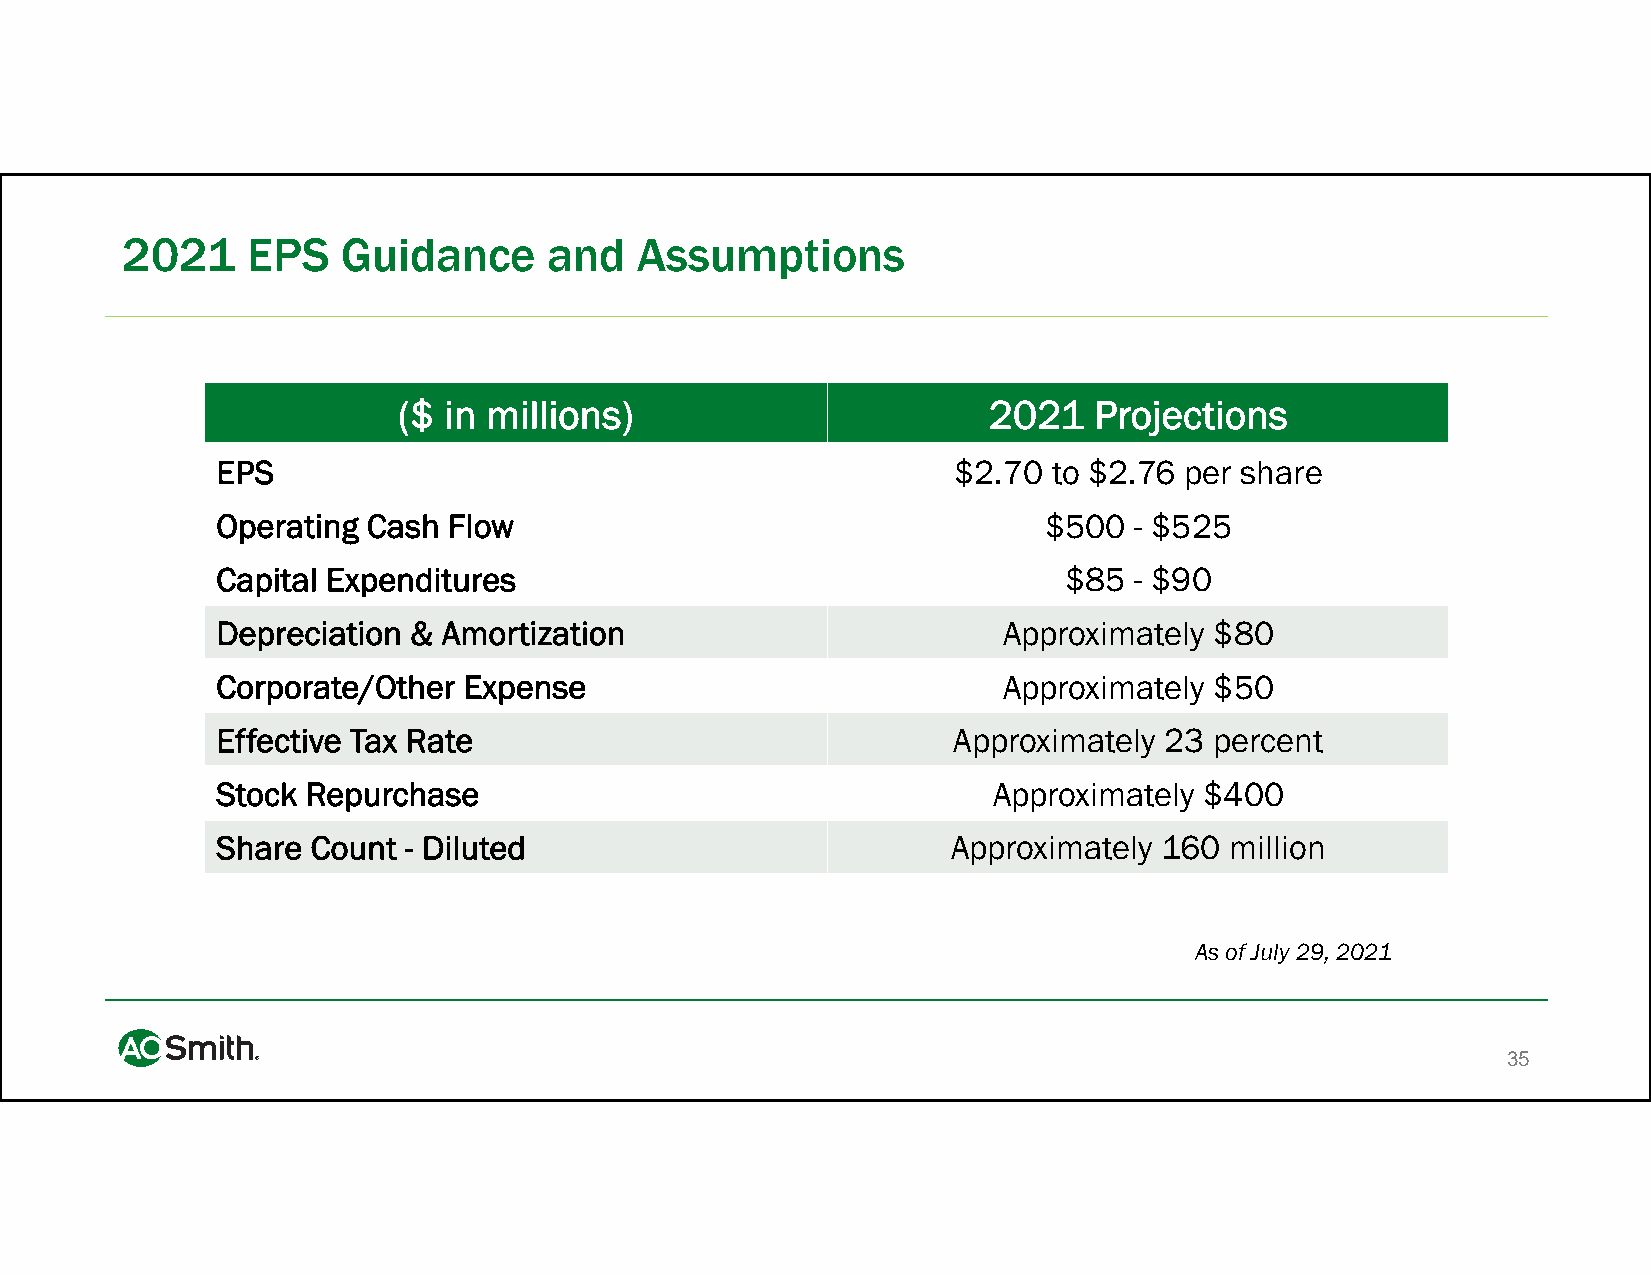
2021    EPS    Guidance     and   Assumptions
 ($ in millions)                        2021   Projections
 EPS                                              $2.70  to $2.76 per share
 Operating Cash  Flow                                   $500  - $525
 Capital Expenditures                                    $85  - $90
 Depreciation & Amortization                         Approximately $80
 Corporate/Other  Expense                            Approximately $50
 Effective Tax Rate                               Approximately 23 percent
 Stock Repurchase                                    Approximately $400
 Share  Count - Diluted                           Approximately 160 million
 As of July 29, 2021
 35